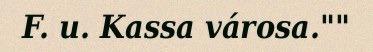
F. u. Kassa városa.""